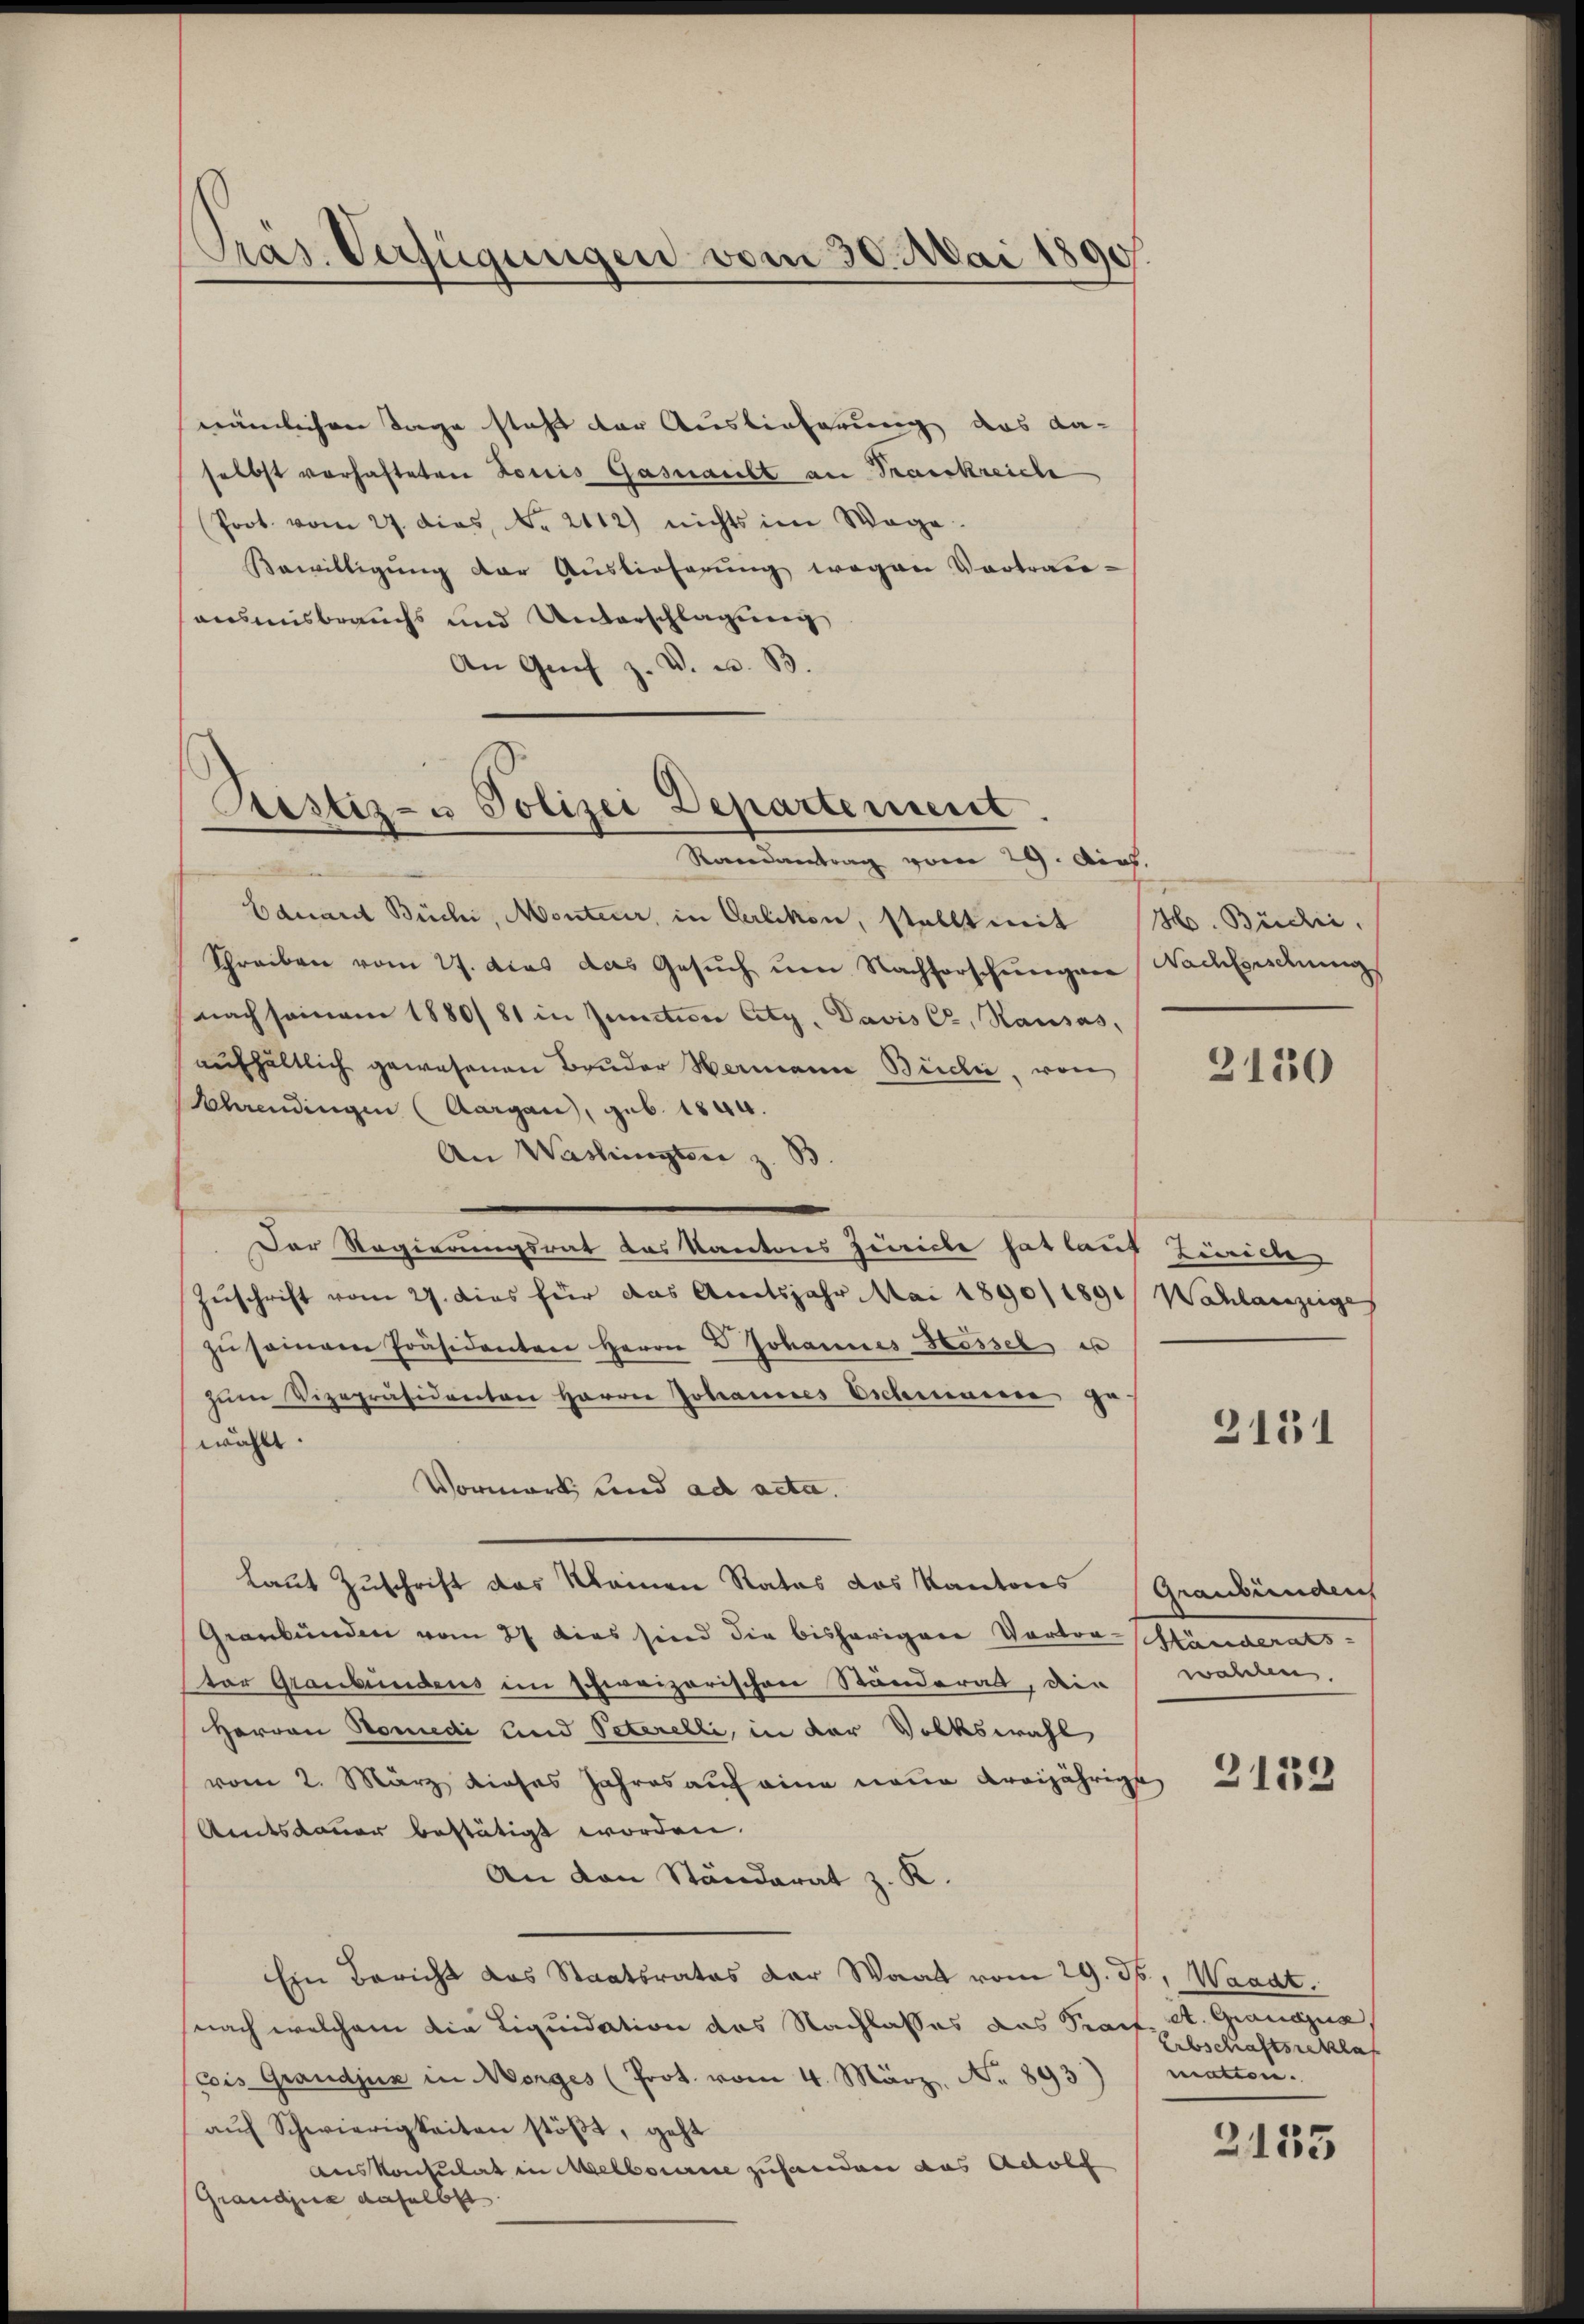
Präs. Verfügungen vom 30. Mai 1890

nämlichen Tage steht der Auslieferung das da-
selbst vorhafteten Louis Gasnaubt an Trankreiche
Prot. vom 27. dies, Nr. 2112) nichts im Wage
Bewilligung der Auslieferung wegen Vortrauansmisbrauchs und Unterschlagung
An Grif z. V. u. B.

Prestiz- u Polizei Departenseit

Randantrag vom 29. Aich.
Ednant Büchi, Monteur, in Oerlikon, stellt mit H. Büchi,
Schreiben vom 27. dies das Gesŭch ŭm Nachforschungere Nachforschung
nach seinem 1880/81 in junction City, Davis C. Hausas,
aufhältlich gewesenen Bruder Hermann Büdić, von
Schrendingen (Aargau, geb. 1844.
An Washingten z. B
Der Regierungsrat das Kantons Zeiche hat lauf Zürich
Zuschrift vom 27. Dies für das Amtsjahr. Mai 1890/1891/ Wahlanzeige
zŭ seien Präsidenten Herrn Johannes Hessel u
zŭm Vizepräsidenten Harrer Johannes Eschienerer ge
wählt.
Vormark und ad acta.
Laut Zuschrift das Kleinen Rates das Kantons (Graubündens
Geerbunden vom 27 dies sind die bisherigere Vortor-Händerats-
ter Graubündens im schweizerischen Ständerat, die wahlen.
Herren Nomedi und Peterelli, in der Volkswahl
vom 2. März dieses Jahres aŭf eine neue Kreijährige
Amtsdauer bestätigt worden.
An von Ständerat z. K.
Ein Bericht das Staatsrates der Waat vom 29. Js., Waadt.
nach welchem die Liquidation des Nachlasses das Praef. A. Granajus,
Cois Grandjus in Morges (Prot. vom 4. März. No 893) / matten.
aŭf Schwierigkeiten stößt, geht
auskonsulat in Melbourse zufanden aus Adolf
Grandina daselbst

2130

2151

3133

Erbschaftsreklag

2135